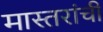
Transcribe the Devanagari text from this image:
मास्तरांची